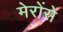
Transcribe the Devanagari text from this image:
मेरोंसे